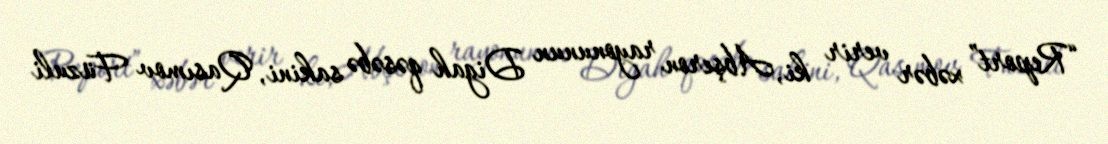
“Report” xəbər verir ki, Abşeron rayonunun Digah qəsəbə sakini, Qasımov Füzuli